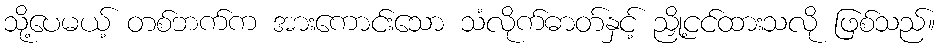
သို့ပေမယ့် တစ်ဘက်က အားကောင်းသော သံလိုက်ဓာတ်နှင့် ညှို့ငင်ထားသလို ဖြစ်သည်။